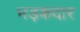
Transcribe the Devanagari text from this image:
भड़कदार